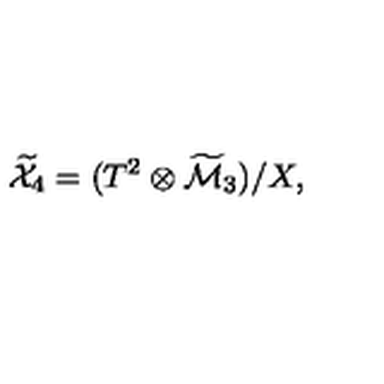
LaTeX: { \widetilde { \cal X } } _ { 4 } = ( T ^ { 2 } \otimes { \widetilde { \cal M } } _ { 3 } ) / X ,